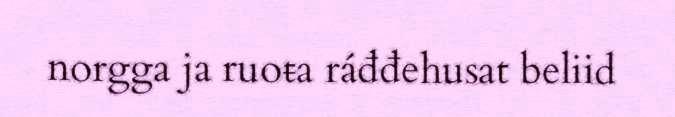
norgga ja ruoŧa ráđđehusat beliid